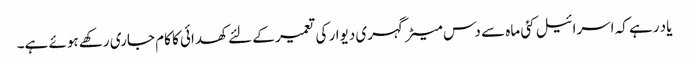
یاد رہے کہ اسرائیل کئی ماہ سے دس میٹر گہری دیوار کی تعمیر کے لئے کھدائی کا کام جاری رکھے ہوئے ہے۔